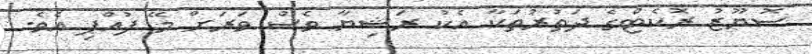
ސޮޔޫޒު ރޮކެޓްގެ ދަތުރުތަކާ އެކު ރަޝިޔާ ވެސް ވަރަށް މޭ ފުއްޕި އެވެ.